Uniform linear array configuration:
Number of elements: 64
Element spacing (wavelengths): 0.5
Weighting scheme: hamming
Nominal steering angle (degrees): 15
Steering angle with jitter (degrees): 16.539
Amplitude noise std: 0.05
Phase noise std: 0.05

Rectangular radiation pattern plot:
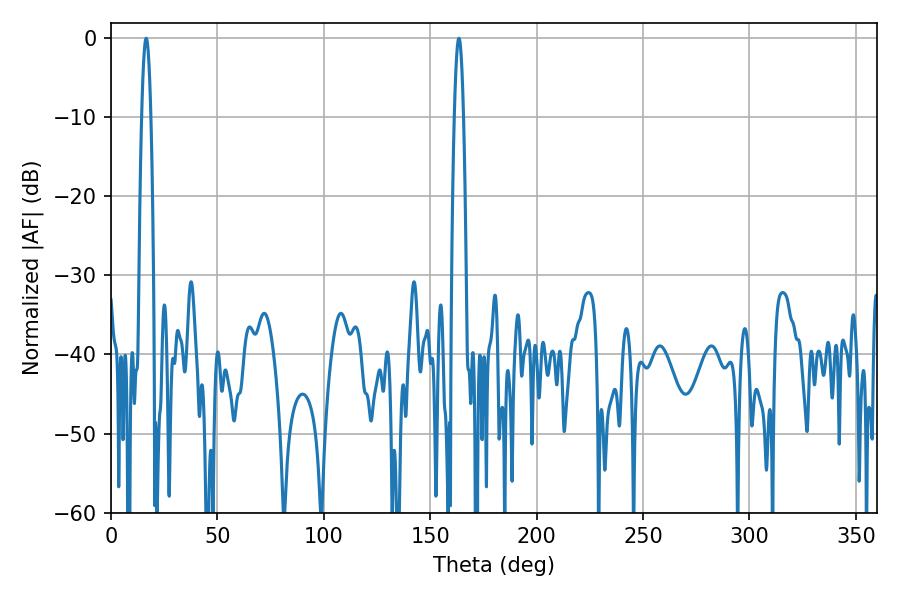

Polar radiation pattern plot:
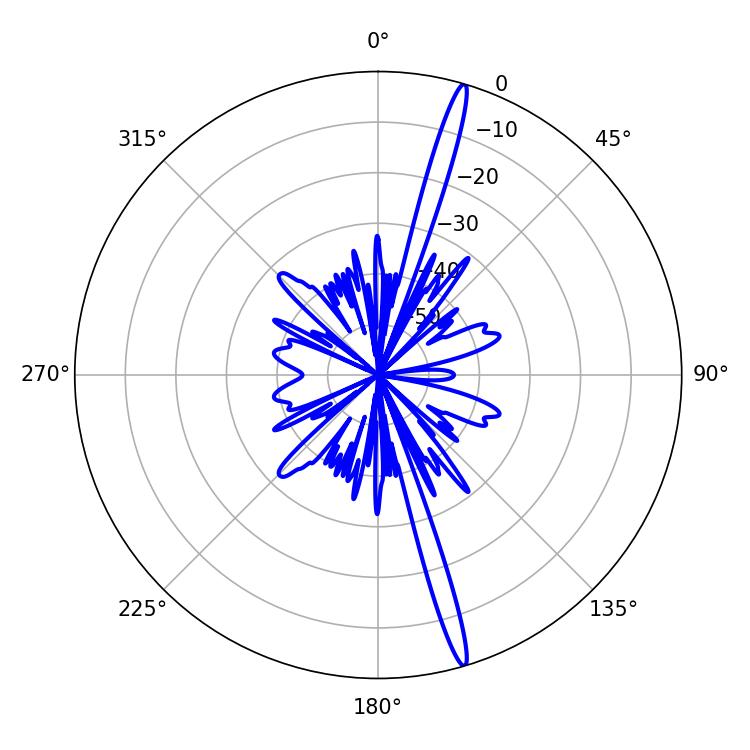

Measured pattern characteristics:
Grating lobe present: FALSE
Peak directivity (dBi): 18.901
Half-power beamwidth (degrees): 2.16
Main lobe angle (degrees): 16.56